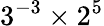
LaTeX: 3^{-3}\times 2^{5}